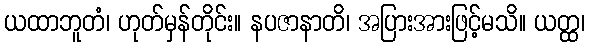
ယထာဘူတံ၊ ဟုတ်မှန်တိုင်း။ နပဇာနာတိ၊ အပြားအားဖြင့်မသိ။ ယတ္ထ၊